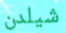
شيلدن